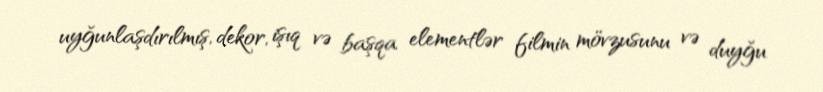
uyğunlaşdırılmış, dekor, işıq və başqa elementlər filmin mövzusunu və duyğu